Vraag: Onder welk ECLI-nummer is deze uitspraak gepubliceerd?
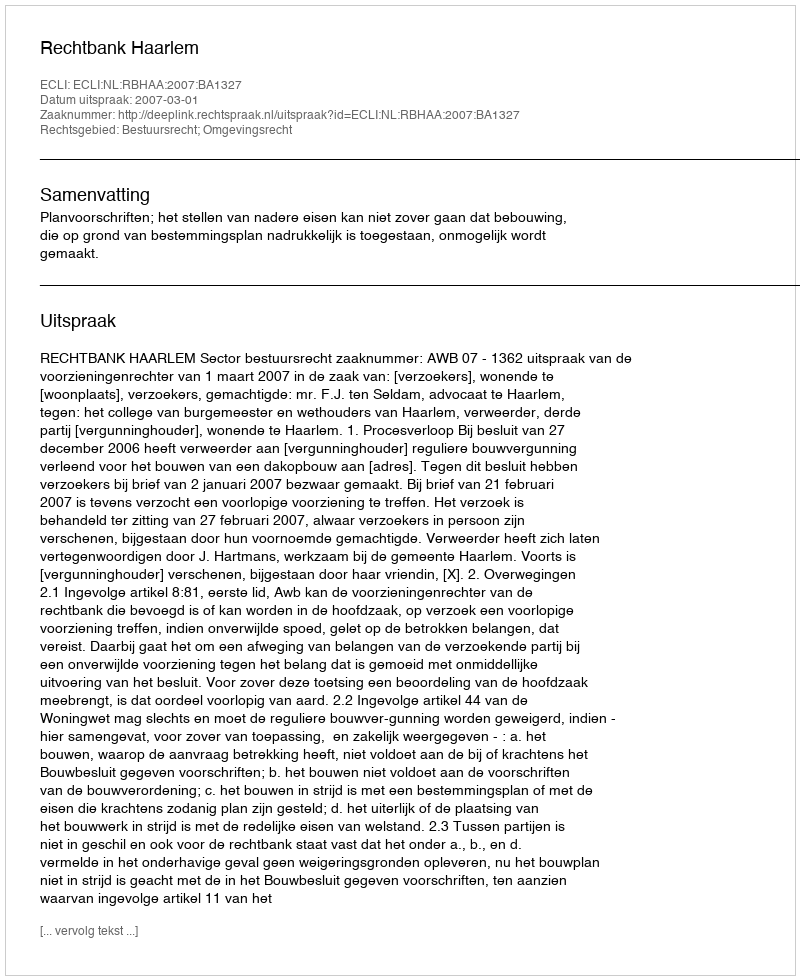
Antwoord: ECLI:NL:RBHAA:2007:BA1327